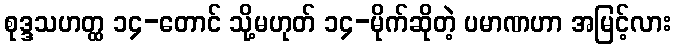
စုဒ္ဒသဟတ္ထ ၁၄-တောင် သို့မဟုတ် ၁၄-မိုက်ဆိုတဲ့ ပမာဏဟာ အမြင့်လား